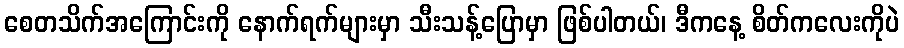
စေတသိက်အကြောင်းကို နောက်ရက်များမှာ သီးသန့်ပြောမှာ ဖြစ်ပါတယ်၊ ဒီကနေ့ စိတ်ကလေးကိုပဲ